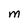
Character: M